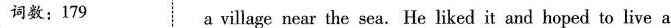
词数:179 a village near the sea. He liked it and hoped to live a